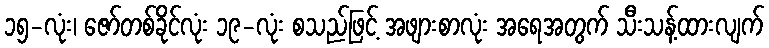
၁၅-လုံး၊ ဇော်တစ်ခိုင်လုံး ၁၉-လုံး စသည်ဖြင့် အဖျားစာလုံး အရေအတွက် သီးသန့်ထားလျက်